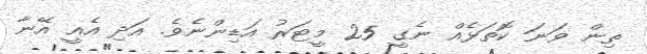
ތިން ވަނަ ކޮތަޅެއް ނެގީ 25 މީޓަރު އަޑިންނެވެ. އަދި އެއީ އޭނާ